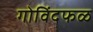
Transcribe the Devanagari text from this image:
गोविंदफळ